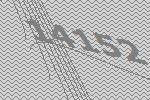
14152